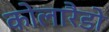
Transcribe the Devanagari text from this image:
कोलारैडो